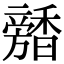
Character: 𩡕